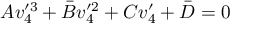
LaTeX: A v _ { 4 } ^ { \prime 3 } + \bar { B } v _ { 4 } ^ { \prime 2 } + C v _ { 4 } ^ { \prime } + \bar { D } = 0